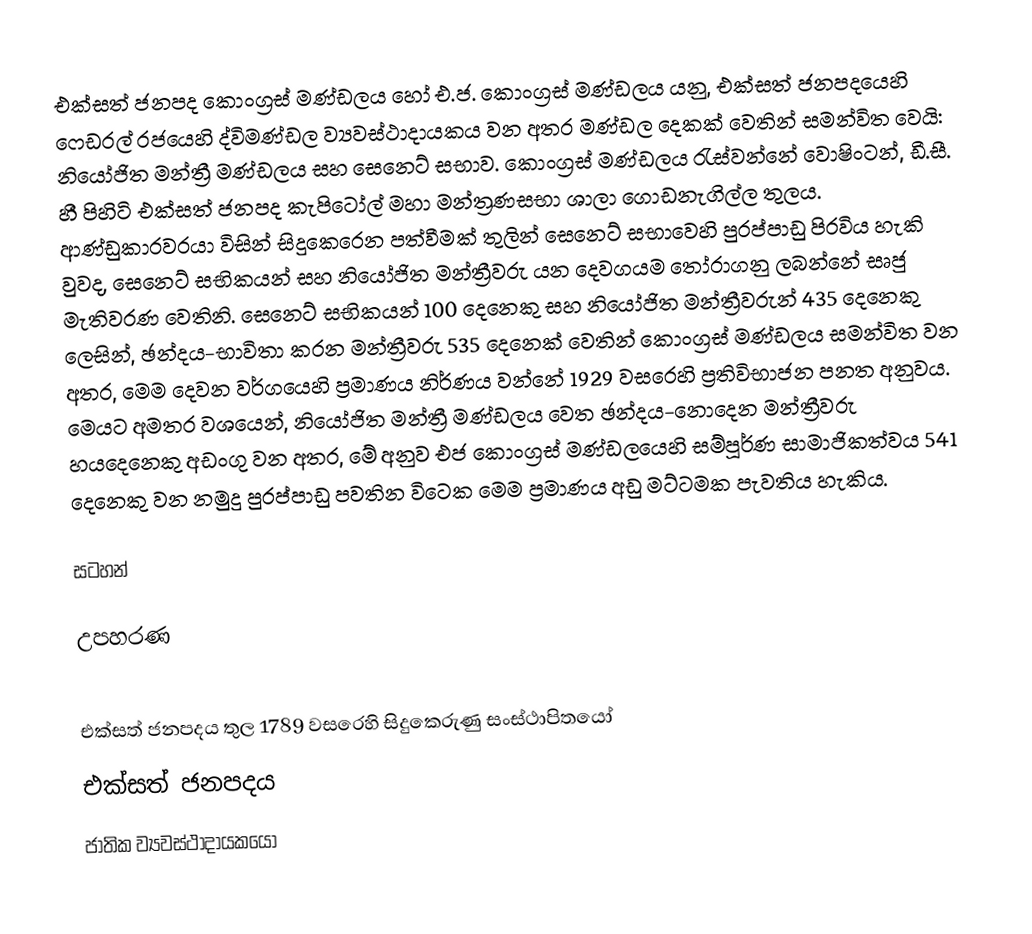
එක්සත් ජනපද කොංග්‍රස් මණ්ඩලය හෝ  එ.ජ. කොංග්‍රස් මණ්ඩලය යනු,  එක්සත් ජනපදයෙහි ෆෙඩරල් රජයෙහි  ද්විමණ්ඩල ව්‍යවස්ථාදායකය වන අතර මණ්ඩල දෙකක් වෙතින් සමන්විත වෙයි: නියෝජිත මන්ත්‍රී මණ්ඩලය සහ සෙනෙට් සභාව. කොංග්‍රස් මණ්ඩලය රැස්වන්නේ වොෂිංටන්, ඩී.සී. හී පිහිටි  එක්සත් ජනපද කැපිටෝල් මහා මන්ත්‍රණසභා ශාලා ගොඩනැගිල්ල තුලය. ආණ්ඩුකාරවරයා විසින් සිදුකෙරෙන පත්වීමක් තුලින් සෙනෙට් සභාවෙහි පුරප්පාඩු පිරවිය හැකි වුවද, සෙනෙට් සභිකයන් සහ නියෝජිත මන්ත්‍රීවරු යන දෙවගයම තෝරාගනු ලබන්නේ සෘජු මැතිවරණ වෙතිනි. සෙනෙට් සභිකයන් 100 දෙනෙකු සහ නියෝජිත මන්ත්‍රීවරුන් 435 දෙනෙකු ලෙසින්,  ඡන්දය-භාවිතා කරන මන්ත්‍රීවරු 535 දෙනෙක් වෙතින් කොංග්‍රස් මණ්ඩලය සමන්විත වන අතර, මෙම දෙවන වර්ගයෙහි ප්‍රමාණය නිර්ණය වන්නේ 1929 වසරෙහි ප්‍රතිවිභාජන පනත අනුවය. මෙයට අමතර වශයෙන්, නියෝජිත මන්ත්‍රී මණ්ඩලය වෙත  ඡන්දය-නොදෙන මන්ත්‍රීවරු හයදෙනෙකු අඩංගු වන අතර, මේ අනුව එජ කොංග්‍රස් මණ්ඩලයෙහි සම්පූර්ණ සාමාජිකත්වය 541 දෙනෙකු වන නමුදු  පුරප්පාඩු පවතින විටෙක මෙම ප්‍රමාණය අඩු මට්ටමක පැවතිය හැකිය.

සටහන්

උපහරණ

එක්සත් ජනපදය තුල 1789 වසරෙහි සිදුකෙරුණු සංස්ථාපිතයෝ
එක්සත් ජනපදය
ජාතික ව්‍යවස්ථාදායකයෝ